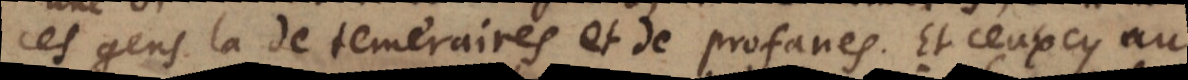
ces gens là de temeraires et de profanes. Et ceuxcy au